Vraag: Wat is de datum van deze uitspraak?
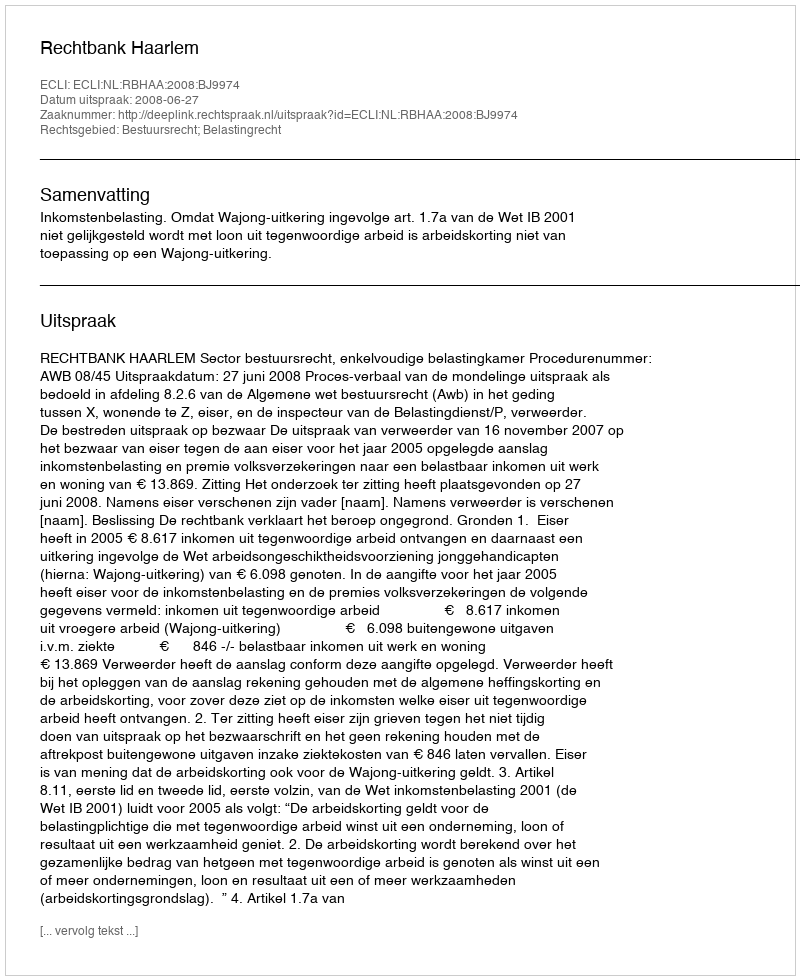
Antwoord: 2008-06-27